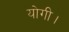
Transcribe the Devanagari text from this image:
योगी।